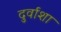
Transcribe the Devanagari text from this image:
दुर्वाशा